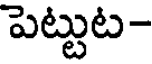
పెట్టుట-